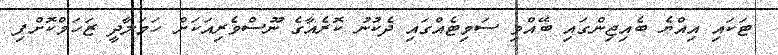
ޓަކައި އިއްޔެ ބެއިޖިންގައި ބޭއްވި ސަމިޓެއްގައި ދެކުނު ކޮރެއާގެ ނޫސްވެރިއަކަށް ހަމަލާދީ ޒަހަމްކޮށްފި